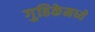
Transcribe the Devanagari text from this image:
गुहिकेमध्ये